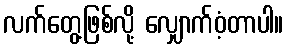
လက်တွေ့ဖြစ်လို့ လျှောက်ဝံ့တာပါ။